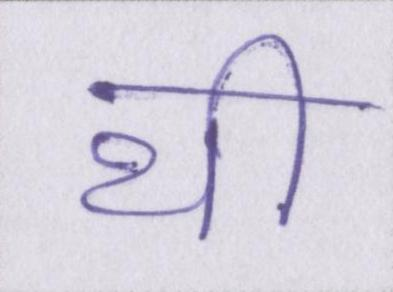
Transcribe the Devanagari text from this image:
थी